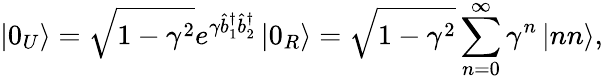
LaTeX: \left\vert 0_{U}\right\rangle=\sqrt{1-\gamma^{2}}e^{\gamma\hat{b}_{1}^{\dagger}\hat{b}_{2}^{\dagger}}\left\vert 0_{R}\right\rangle=\sqrt{1-\gamma^{2}}\sum_{n=0}^{\infty}\gamma^{n}\left\vert nn\right\rangle,